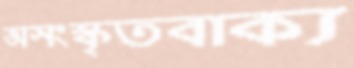
অসংস্কৃতবাক্য